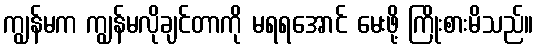
ကျွန်မက ကျွန်မလိုချင်တာကို မရရအောင် မေးဖို့ ကြိုးစားမိသည်။